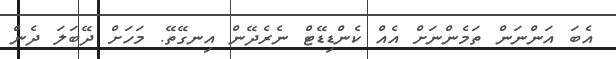
އެބަ އަންނަން ތަމެންނަށް އެއް ކެންޑިޑޭޓް ނެރެދޭން އިނގޭތޭ. މަހަށް ދޭބަލަ ދެން